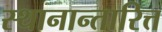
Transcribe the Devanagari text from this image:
स्थानान्तारित्त